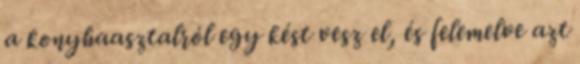
a konyhaasztalról egy kést vesz el, és felemelve azt